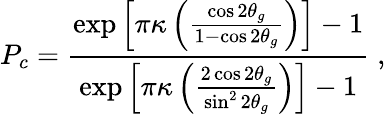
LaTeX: P_{c}=\frac{\exp\left[\pi\kappa\left(\frac{\cos 2\theta_{g}}{1-\cos 2\theta_{g}}\right)\right]-1}{\exp\left[\pi\kappa\left(\frac{2\cos 2\theta_{g}}{\sin^{2}2\theta_{g}}\right)\right]-1}\; ,